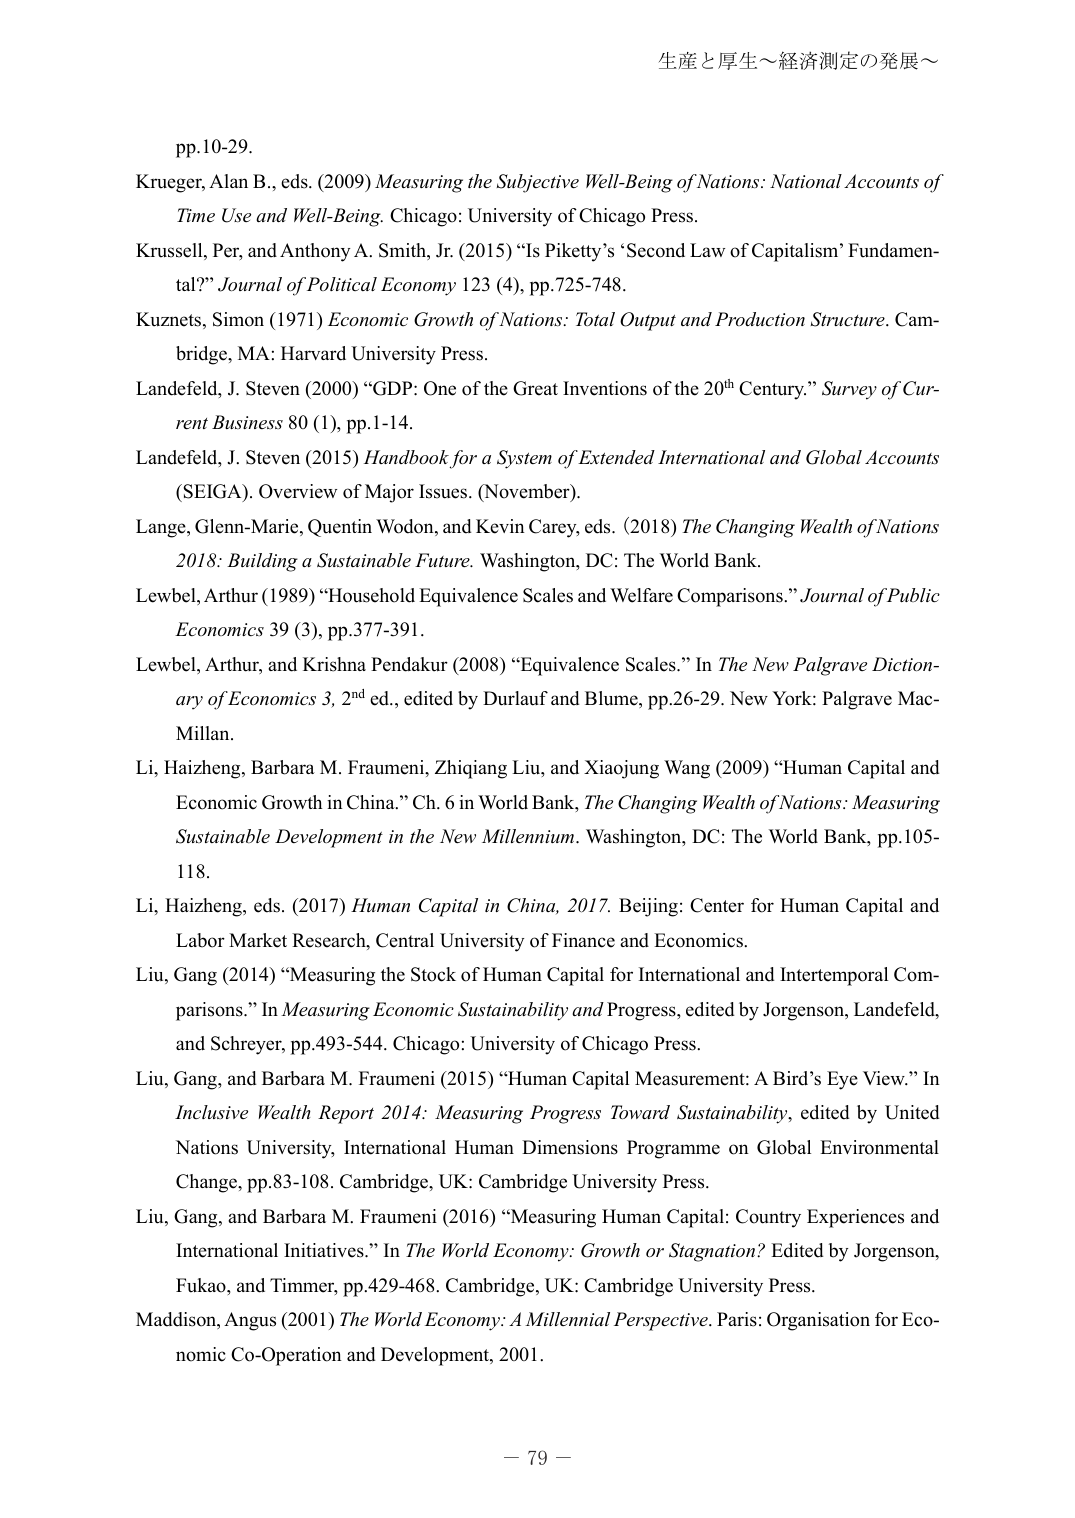
生産と厚生～経済測定の発展～

pp.10-29.
Krueger, Alan B., eds. (2009) Measuring the Subjective Well-Being of Nations: National Accounts of Time Use and Well-Being. Chicago: University of Chicago Press.
Krussell, Per, and Anthony A. Smith, Jr. (2015) “Is Piketty’s ‘Second Law of Capitalism’ Fundamental?” Journal of Political Economy 123 (4), pp.725-748.
Kuznets, Simon (1971) Economic Growth of Nations: Total Output and Production Structure. Cambridge, MA: Harvard University Press.
Landefeld, J. Steven (2000) “GDP: One of the Great Inventions of the 20th Century.” Survey of Current Business 80 (1), pp.1-14.
Landefeld, J. Steven (2015) Handbook for a System of Extended International and Global Accounts (SEIGA). Overview of Major Issues. (November).
Lange, Glenn-Marie, Quentin Wodon, and Kevin Carey, eds. (2018) The Changing Wealth of Nations 2018: Building a Sustainable Future. Washington, DC: The World Bank.
Lewbel, Arthur (1989) “Household Equivalence Scales and Welfare Comparisons.” Journal of Public Economics 39 (3), pp.377-391.
Lewbel, Arthur, and Krishna Pendakur (2008) “Equivalence Scales.” In The New Palgrave Dictionary of Economics 3, 2nd ed., edited by Durlauf and Blume, pp.26-29. New York: Palgrave MacMillan.
Li, Haizheng, Barbara M. Fraumeni, Zhiqiang Liu, and Xiaojung Wang (2009) “Human Capital and Economic Growth in China.” Ch. 6 in World Bank, The Changing Wealth of Nations: Measuring Sustainable Development in the New Millennium. Washington, DC: The World Bank, pp.105-118.
Li, Haizheng, eds. (2017) Human Capital in China, 2017. Beijing: Center for Human Capital and Labor Market Research, Central University of Finance and Economics.
Liu, Gang (2014) “Measuring the Stock of Human Capital for International and Intertemporal Comparisons.” In Measuring Economic Sustainability and Progress, edited by Jorgenson, Landefeld, and Schreyer, pp.493-544. Chicago: University of Chicago Press.
Liu, Gang, and Barbara M. Fraumeni (2015) “Human Capital Measurement: A Bird’s Eye View.” In Inclusive Wealth Report 2014: Measuring Progress Toward Sustainability, edited by United Nations University, International Human Dimensions Programme on Global Environmental Change, pp.83-108. Cambridge, UK: Cambridge University Press.
Liu, Gang, and Barbara M. Fraumeni (2016) “Measuring Human Capital: Country Experiences and International Initiatives.” In The World Economy: Growth or Stagnation? Edited by Jorgenson, Fukao, and Timmer, pp.429-468. Cambridge, UK: Cambridge University Press.
Maddison, Angus (2001) The World Economy: A Millennial Perspective. Paris: Organisation for Economic Co-Operation and Development, 2001.

－ 79 －